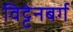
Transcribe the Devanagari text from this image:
विट्टेनबर्ग